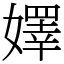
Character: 嬕